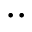
. .